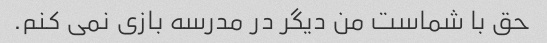
حق با شماست من دیگر در مدرسه بازی نمی کنم.